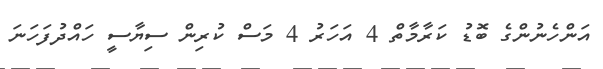
އަންހެނުންގެ ބޮޑު ކަރާމާތް 4 އަހަރު 4 މަސް ކުރިން ސިޔާސީ ހައްދުފަހަނަ